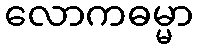
လောကဓမ္မာ